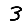
Digit: 3